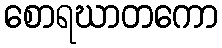
စောရဃာတကော